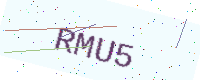
Text: RMU5